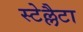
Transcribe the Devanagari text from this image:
स्टेल्लैटा